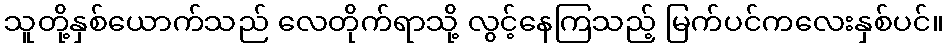
သူတို့နှစ်ယောက်သည် လေတိုက်ရာသို့ လွင့်နေကြသည့် မြက်ပင်ကလေးနှစ်ပင်။